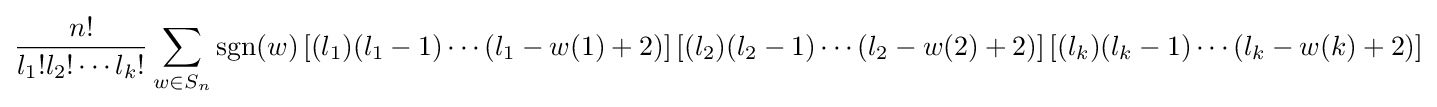
{\frac {n!}{l_{1}!l_{2}!\cdots l_{k}!}}\sum _{w\in S_{n}}\operatorname {sgn}(w)\left[(l_{1})(l_{1}-1)\cdots (l_{1}-w(1)+2)\right]\left[(l_{2})(l_{2}-1)\cdots (l_{2}-w(2)+2)\right]\left[(l_{k})(l_{k}-1)\cdots (l_{k}-w(k)+2)\right]